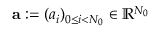
{ \mathbf a } : = ( a _ { i } ) _ { 0 \le i < N _ { 0 } } \in \mathbb { R } ^ { N _ { 0 } }